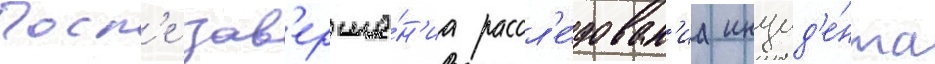
Посл'е зав'ерше́н'иа рассл'е́дован'иа инцид'е́нта